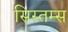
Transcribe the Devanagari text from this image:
सिस्तम्स